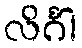
လိင်္ဂါ